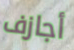
أجازف